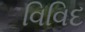
વિવિદ